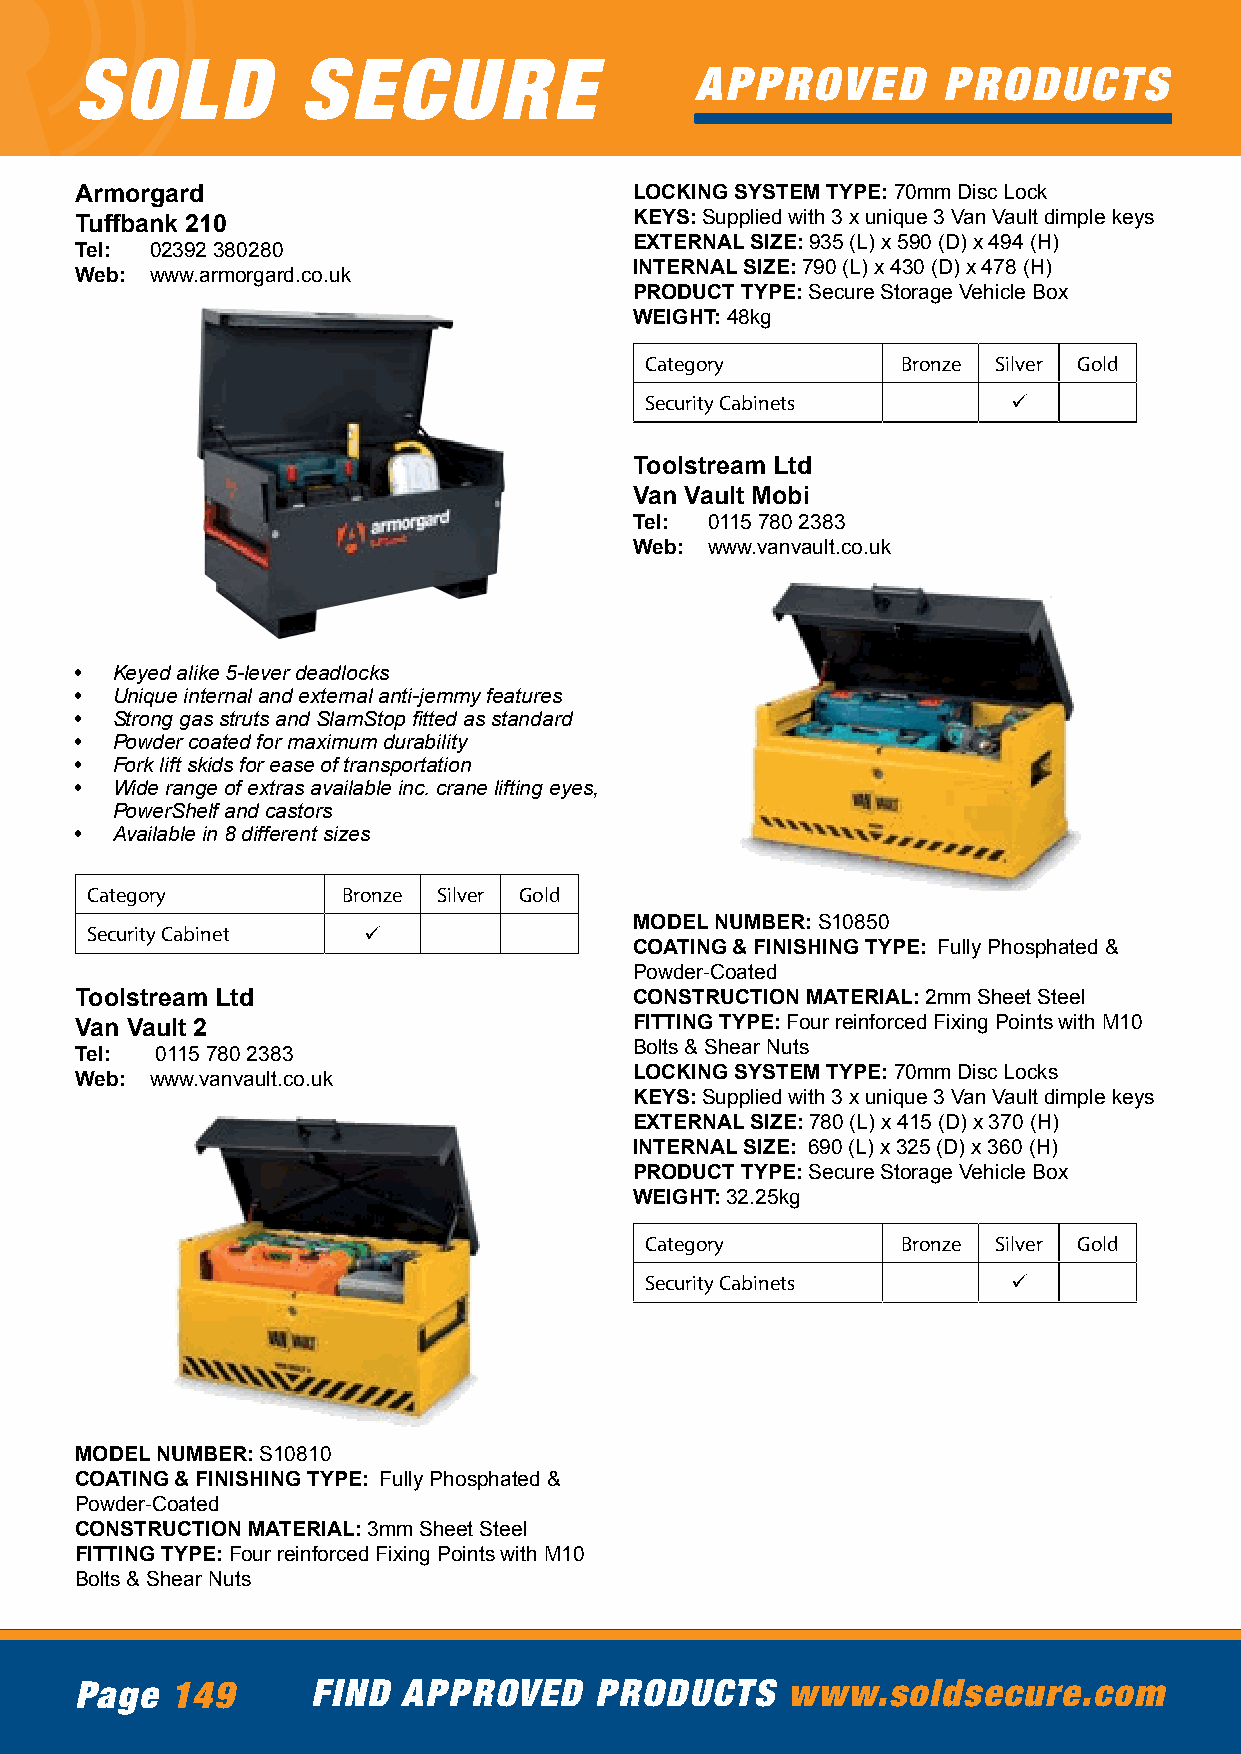
SOLD           SECURE
 APPROVED        PRODUCTS
 Armorgard                            LOCKING SYSTEM TYPE: 70mm Disc Lock
 Tuffbank 210                         KEYS: Supplied with 3 x unique 3 Van Vault dimple keys
 EXTERNAL SIZE: 935 (L) x 590 (D) x 494 (H)
 Tel: 02392 380280
 INTERNAL SIZE: 790 (L) x 430 (D) x 478 (H)
 Web: www.armorgard.co.uk
 PRODUCT TYPE: Secure Storage Vehicle Box
 WEIGHT: 48kg
 Category         Bronze Silver Gold
 Security Cabinets       ü
 Toolstream Ltd
 Van Vault Mobi
 Tel: 0115 780 2383
 Web: www.vanvault.co.uk
 • Keyed alike 5-lever deadlocks
 • Unique internal and external anti-jemmy features
 • Strong gas struts and SlamStop fitted as standard
 • Powder coated for maximum durability
 • Fork lift skids for ease of transportation
 • Wide range of extras available inc. crane lifting eyes,
 PowerShelf and castors
 • Available in 8 different sizes
 Category         Bronze Silver Gold
 MODEL NUMBER: S10850
 Security Cabinet  ü
 COATING & FINISHING TYPE: Fully Phosphated &
 Powder-Coated
 Toolstream Ltd                       CONSTRUCTION MATERIAL: 2mm Sheet Steel
 Van Vault 2                          FITTING TYPE: Four reinforced Fixing Points with M10
 Bolts & Shear Nuts
 Tel: 0115 780 2383
 Web: www.vanvault.co.uk              LOCKING SYSTEM TYPE: 70mm Disc Locks
 KEYS: Supplied with 3 x unique 3 Van Vault dimple keys
 EXTERNAL SIZE: 780 (L) x 415 (D) x 370 (H)
 INTERNAL SIZE: 690 (L) x 325 (D) x 360 (H)
 PRODUCT TYPE: Secure Storage Vehicle Box
 WEIGHT: 32.25kg
 Category         Bronze Silver Gold
 Security Cabinets       ü
 MODEL NUMBER: S10810
 COATING & FINISHING TYPE: Fully Phosphated &
 Powder-Coated
 CONSTRUCTION MATERIAL: 3mm Sheet Steel
 FITTING TYPE: Four reinforced Fixing Points with M10
 Bolts & Shear Nuts
 Page  149       FIND  APPROVED    PRODUCTS     www.soldsecure.com